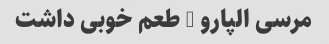
مرسی الپارو … طعم خوبی داشت